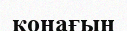
қонағың